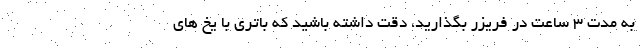
به مدت 3 ساعت در فریزر بگذارید، دقت داشته باشید که باتری با یخ های